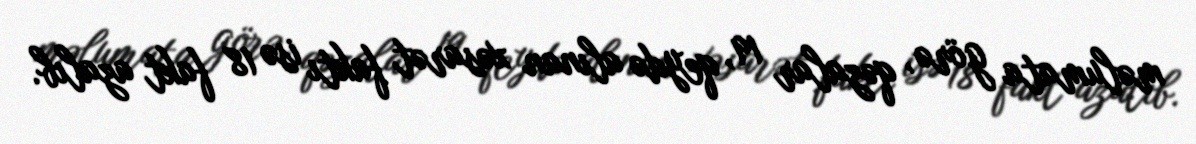
məlumata görə, qəzalar 19, qeydə alınan xəsarət faktı isə 18 fakt azalıb.